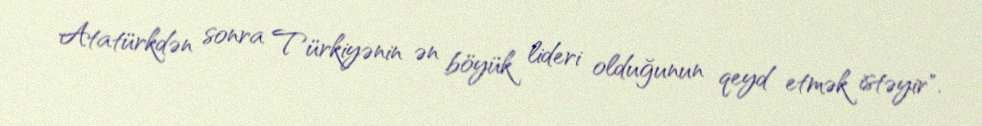
Atatürkdən sonra Türkiyənin ən böyük lideri olduğunun qeyd etmək istəyir".